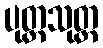
ပုတ္တသုတ္တ